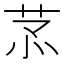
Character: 𦮡